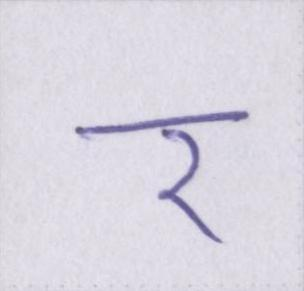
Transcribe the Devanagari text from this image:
र